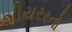
શીયરરનો